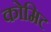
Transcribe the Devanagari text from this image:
कोमिट